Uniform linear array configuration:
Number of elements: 12
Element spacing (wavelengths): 0.25
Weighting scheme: kaiser
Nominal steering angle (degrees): -60
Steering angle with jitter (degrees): -60.349
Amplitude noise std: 0.05
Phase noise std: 0.05

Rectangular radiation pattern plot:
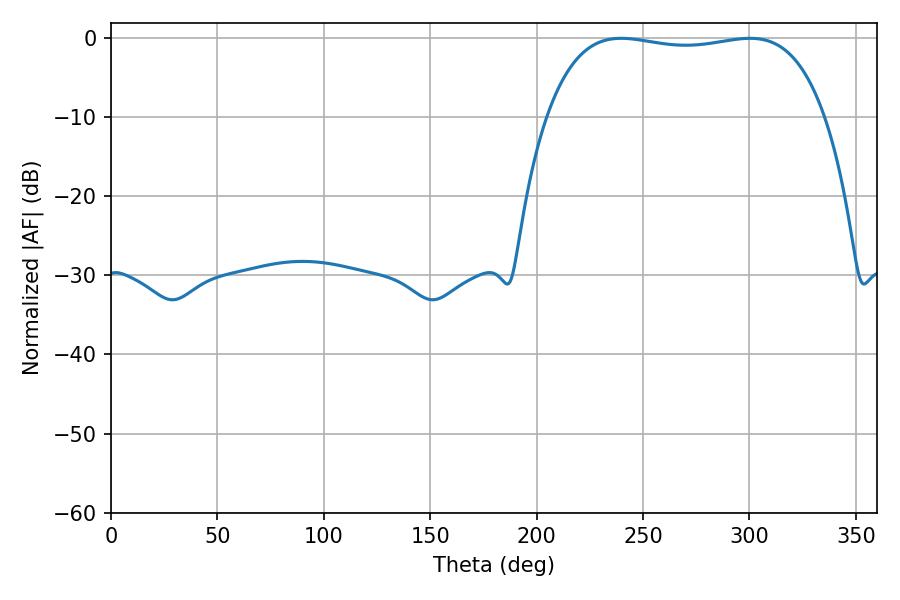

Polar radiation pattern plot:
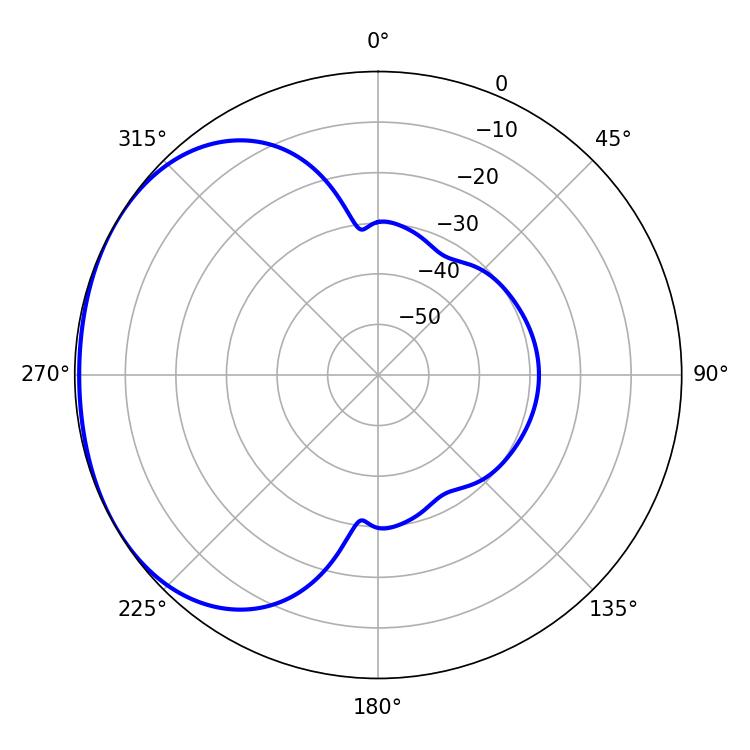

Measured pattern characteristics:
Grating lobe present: FALSE
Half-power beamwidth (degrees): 104.4
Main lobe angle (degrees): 239.76